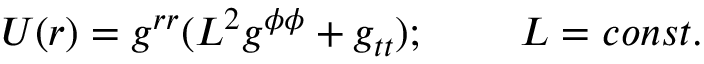
U ( r ) = g ^ { r r } ( L ^ { 2 } g ^ { \phi \phi } + g _ { t t } ) ; \; \; \; \; \; \; \; \; L = c o n s t .